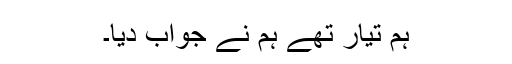
ہم تیار تھے ہم نے جواب دیا۔